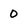
Character: 0